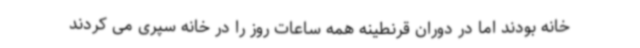
خانه بودند اما در دوران قرنطینه همه ساعات روز را در خانه سپری می کردند